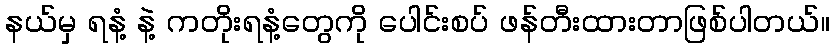
နယ်မှ ရနံ့ နဲ့ ကတိုးရနံ့တွေကို ပေါင်းစပ် ဖန်တီးထားတာဖြစ်ပါတယ်။